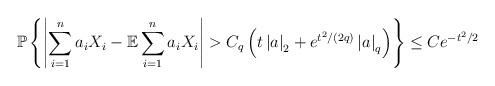
LaTeX: \begin{align*}\mathbb{P}\left\{ \left\vert \sum_{i=1}^na_iX_i -\mathbb{E}\sum_{i=1}^na_iX_i\right\vert >C_{q}\left(t\left\vert a \right\vert_2 +e^{t^2/(2q)}\left\vert a \right\vert_q\right)\right\} \leq Ce^{-t^2/2} \end{align*}